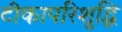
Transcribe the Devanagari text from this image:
टीकापरिशुद्धि